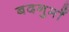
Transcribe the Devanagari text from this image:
बदनुमाँ